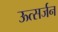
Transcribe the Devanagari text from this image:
ऊत्सर्जन